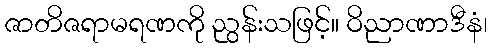
ဇာတိဇရာမရဏကို ညွန်းသဖြင့်။ ဝိညာဏာဒီနံ၊